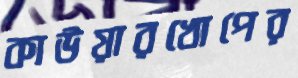
কাউয়ারখোপের